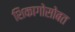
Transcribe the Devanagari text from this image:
शिकागोसोबत